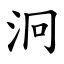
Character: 泂